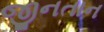
જીનતાન